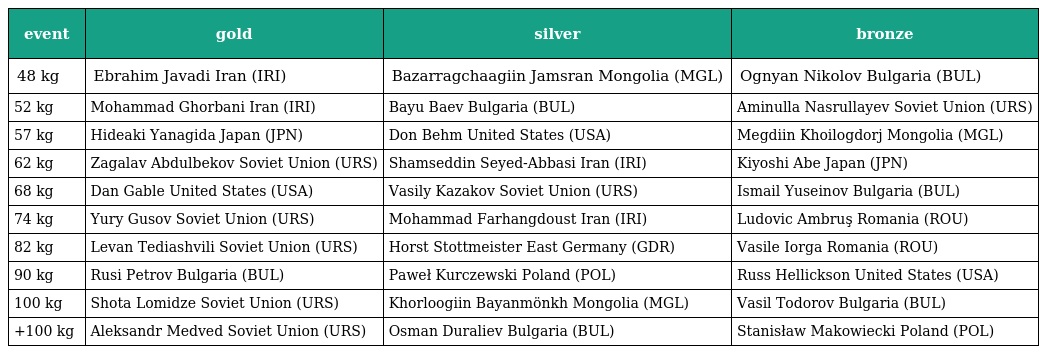
| event | gold | silver | bronze |
 | --- | --- | --- | --- |
 | 48 kg | Ebrahim Javadi Iran (IRI) | Bazarragchaagiin Jamsran Mongolia (MGL) | Ognyan Nikolov Bulgaria (BUL) |
 | 52 kg | Mohammad Ghorbani Iran (IRI) | Bayu Baev Bulgaria (BUL) | Aminulla Nasrullayev Soviet Union (URS) |
 | 57 kg | Hideaki Yanagida Japan (JPN) | Don Behm United States (USA) | Megdiin Khoilogdorj Mongolia (MGL) |
 | 62 kg | Zagalav Abdulbekov Soviet Union (URS) | Shamseddin Seyed-Abbasi Iran (IRI) | Kiyoshi Abe Japan (JPN) |
 | 68 kg | Dan Gable United States (USA) | Vasily Kazakov Soviet Union (URS) | Ismail Yuseinov Bulgaria (BUL) |
 | 74 kg | Yury Gusov Soviet Union (URS) | Mohammad Farhangdoust Iran (IRI) | Ludovic Ambruş Romania (ROU) |
 | 82 kg | Levan Tediashvili Soviet Union (URS) | Horst Stottmeister East Germany (GDR) | Vasile Iorga Romania (ROU) |
 | 90 kg | Rusi Petrov Bulgaria (BUL) | Paweł Kurczewski Poland (POL) | Russ Hellickson United States (USA) |
 | 100 kg | Shota Lomidze Soviet Union (URS) | Khorloogiin Bayanmönkh Mongolia (MGL) | Vasil Todorov Bulgaria (BUL) |
 | +100 kg | Aleksandr Medved Soviet Union (URS) | Osman Duraliev Bulgaria (BUL) | Stanisław Makowiecki Poland (POL) |